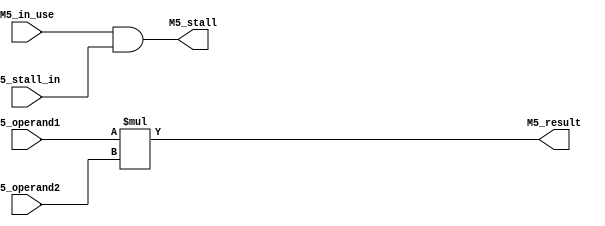
module M5 #(parameter OPERAND_SIZE=32) (
    input [OPERAND_SIZE-1:0]  M5_operand1,
    input [OPERAND_SIZE-1:0]  M5_operand2,

    output [OPERAND_SIZE-1:0] M5_result,

    input M5_stall_in,
    output M5_stall,
    
    input M5_in_use);

    assign M5_result = M5_operand1 * M5_operand2;

    assign M5_stall = M5_in_use && M5_stall_in;

endmodule